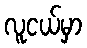
လူငယ်မှာ